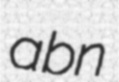
abn